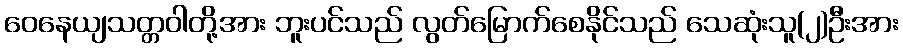
ဝေနေယျသတ္တဝါတို့အား ဘူးပင်သည် လွတ်မြောက်စေနိုင်သည် သေဆုံးသူ(၂)ဦးအား